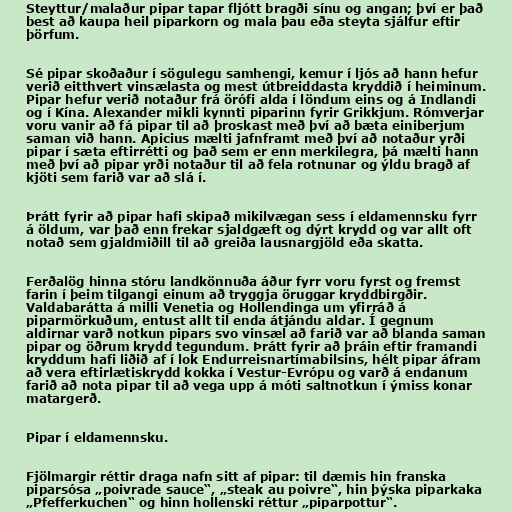
Steyttur/malaður pipar tapar fljótt bragði sínu og angan; því er það
best að kaupa heil piparkorn og mala þau eða steyta sjálfur eftir
þörfum.

Sé pipar skoðaður í sögulegu samhengi, kemur í ljós að hann hefur
verið eitthvert vinsælasta og mest útbreiddasta kryddið í heiminum.
Pipar hefur verið notaður frá örófi alda í löndum eins og á Indlandi
og í Kína. Alexander mikli kynnti piparinn fyrir Grikkjum. Rómverjar
voru vanir að fá pipar til að þroskast með því að bæta einiberjum
saman við hann. Apicius mælti jafnframt með því að notaður yrði
pipar í sæta eftirrétti og það sem er enn merkilegra, þá mælti hann
með því að pipar yrði notaður til að fela rotnunar og ýldu bragð af
kjöti sem farið var að slá í.

Þrátt fyrir að pipar hafi skipað mikilvægan sess í eldamennsku fyrr
á öldum, var það enn frekar sjaldgæft og dýrt krydd og var allt oft
notað sem gjaldmiðill til að greiða lausnargjöld eða skatta.

Ferðalög hinna stóru landkönnuða áður fyrr voru fyrst og fremst
farin í þeim tilgangi einum að tryggja öruggar kryddbirgðir.
Valdabarátta á milli Venetia og Hollendinga um yfirráð á
piparmörkuðum, entust allt til enda átjándu aldar. Í gegnum
aldirnar varð notkun pipars svo vinsæl að farið var að blanda saman
pipar og öðrum krydd tegundum. Þrátt fyrir að þráin eftir framandi
kryddum hafi liðið af í lok Endurreisnartímabilsins, hélt pipar áfram
að vera eftirlætiskrydd kokka í Vestur-Evrópu og varð á endanum
farið að nota pipar til að vega upp á móti saltnotkun í ýmiss konar
matargerð.

Pipar í eldamennsku.

Fjölmargir réttir draga nafn sitt af pipar: til dæmis hin franska
piparsósa „poivrade sauce“, „steak au poivre“, hin þýska piparkaka
„Pfefferkuchen“ og hinn hollenski réttur „piparpottur“.